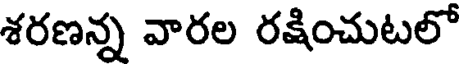
శరణన్న వారల రక్షించుటలో